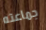
جماعته